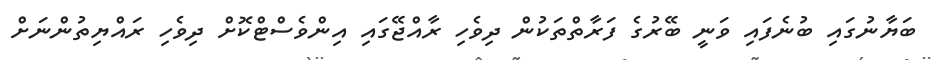
ބަޔާނުގައި ބުނެފައި ވަނީ ބޭރުގެ ފަރާތްތަކުން ދިވެހި ރާއްޖޭގައި އިންވެސްޓްކޮށް ދިވެހި ރައްޔިތުންނަށް